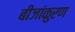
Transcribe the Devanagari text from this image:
बीजांकुरण